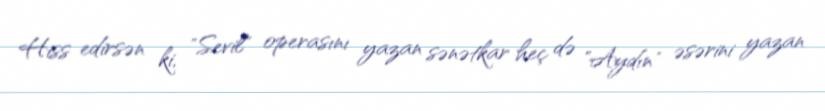
Hiss edirsən ki, "Sevil" operasını yazan sənətkar heç də "Aydın" əsərini yazan